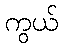
ကွယ်